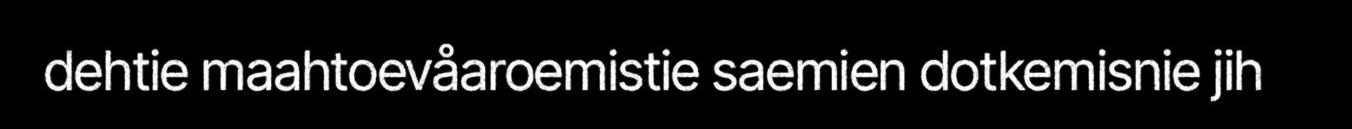
dehtie maahtoevåaroemistie saemien dotkemisnie jih